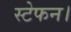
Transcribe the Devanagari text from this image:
स्टेफन।